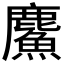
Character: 𲎍